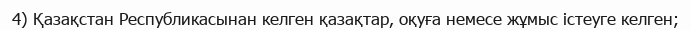
4) Қазақстан Республикасынан келген қазақтар, оқуға немесе жұмыс істеуге келген;